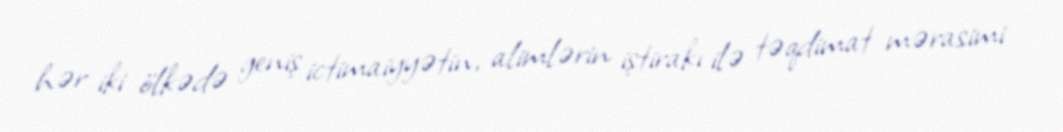
hər iki ölkədə geniş ictimaiyyətin, alimlərin iştirakı ilə təqdimat mərasimi